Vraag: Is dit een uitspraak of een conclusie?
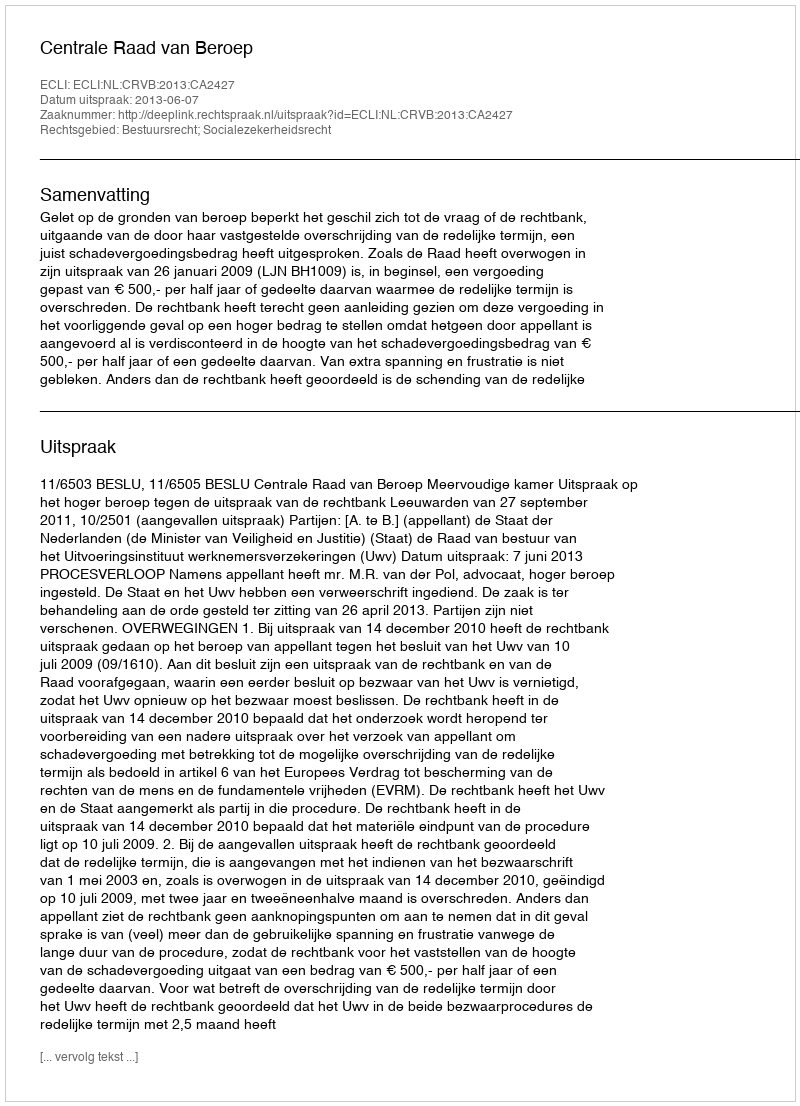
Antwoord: Uitspraak